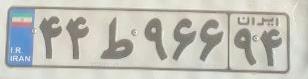
۴۴ط۹۶۶۹۴